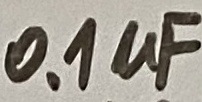
Text: 0,1µF